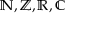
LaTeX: \mathbb { N , Z , R , C }